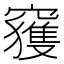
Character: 𥨦